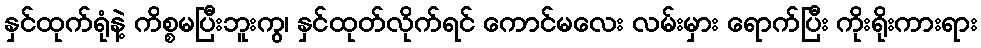
နှင်ထုက်ရုံနဲ့ ကိစ္စမပြီးဘူးကွ၊ နှင်ထုတ်လိုက်ရင် ကောင်မလေး လမ်းမှား ရောက်ပြီး ကိုးရိုးကားရား